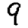
Digit: 9